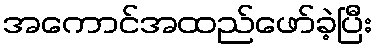
အကောင်အထည်ဖော်ခဲ့ပြီး